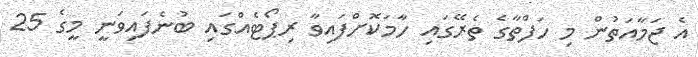
އެ ޖަމާއަތުން މި ހަފްތާގެ ތެރޭގައި ހާމަކޮށްފައިވާ ރިޕޯޓެއްގައި ބުނެފައިވަނީ މީގެ 25